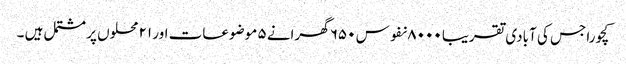
کچورا جس کی آبادی تقریبا ۸۰۰۰ نفوس ۶۵۰ گھرانے ۵ موضوعات اور ۲۱ محلوں پر مشتمل ہیں ۔